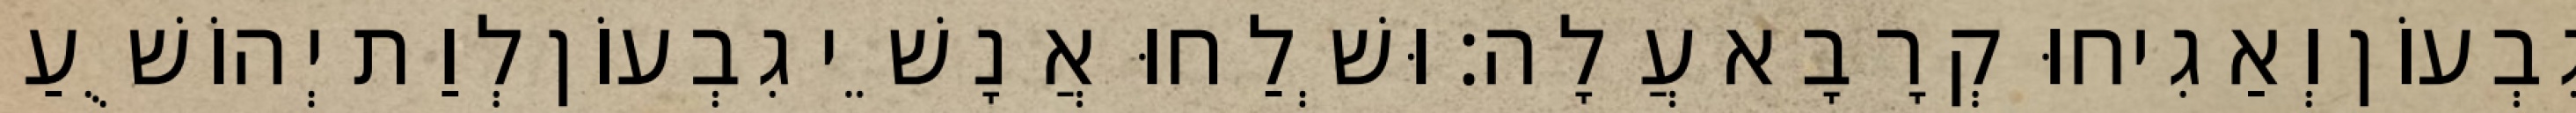
גִבְעוֹן וְאַגִיחוּ קְרָבָא עֲלָה׃ וּשְׁלַחוּ אֲנָשֵׁי גִבְעוֹן לְוַת יְהוֹשֻׁעַ